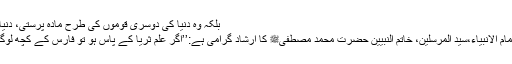
بلکہ وہ دنیا کی دوسری قوموں کی طرح مادہ پرستی، دنیا طلبی کے میدان مزیدپڑھیں
سرورِکونین،رحمۃ لّلعالمین،امام الانبیاء،سید المرسلین، خاتم النبیین حضرت محمد مصطفیٰﷺ کا ارشادِ گرامی ہے:’’اگر علم ثریا کے پاس ہو تو فارس کے کچھ لوگ اسے حاصل کر لیں گے‘‘۔